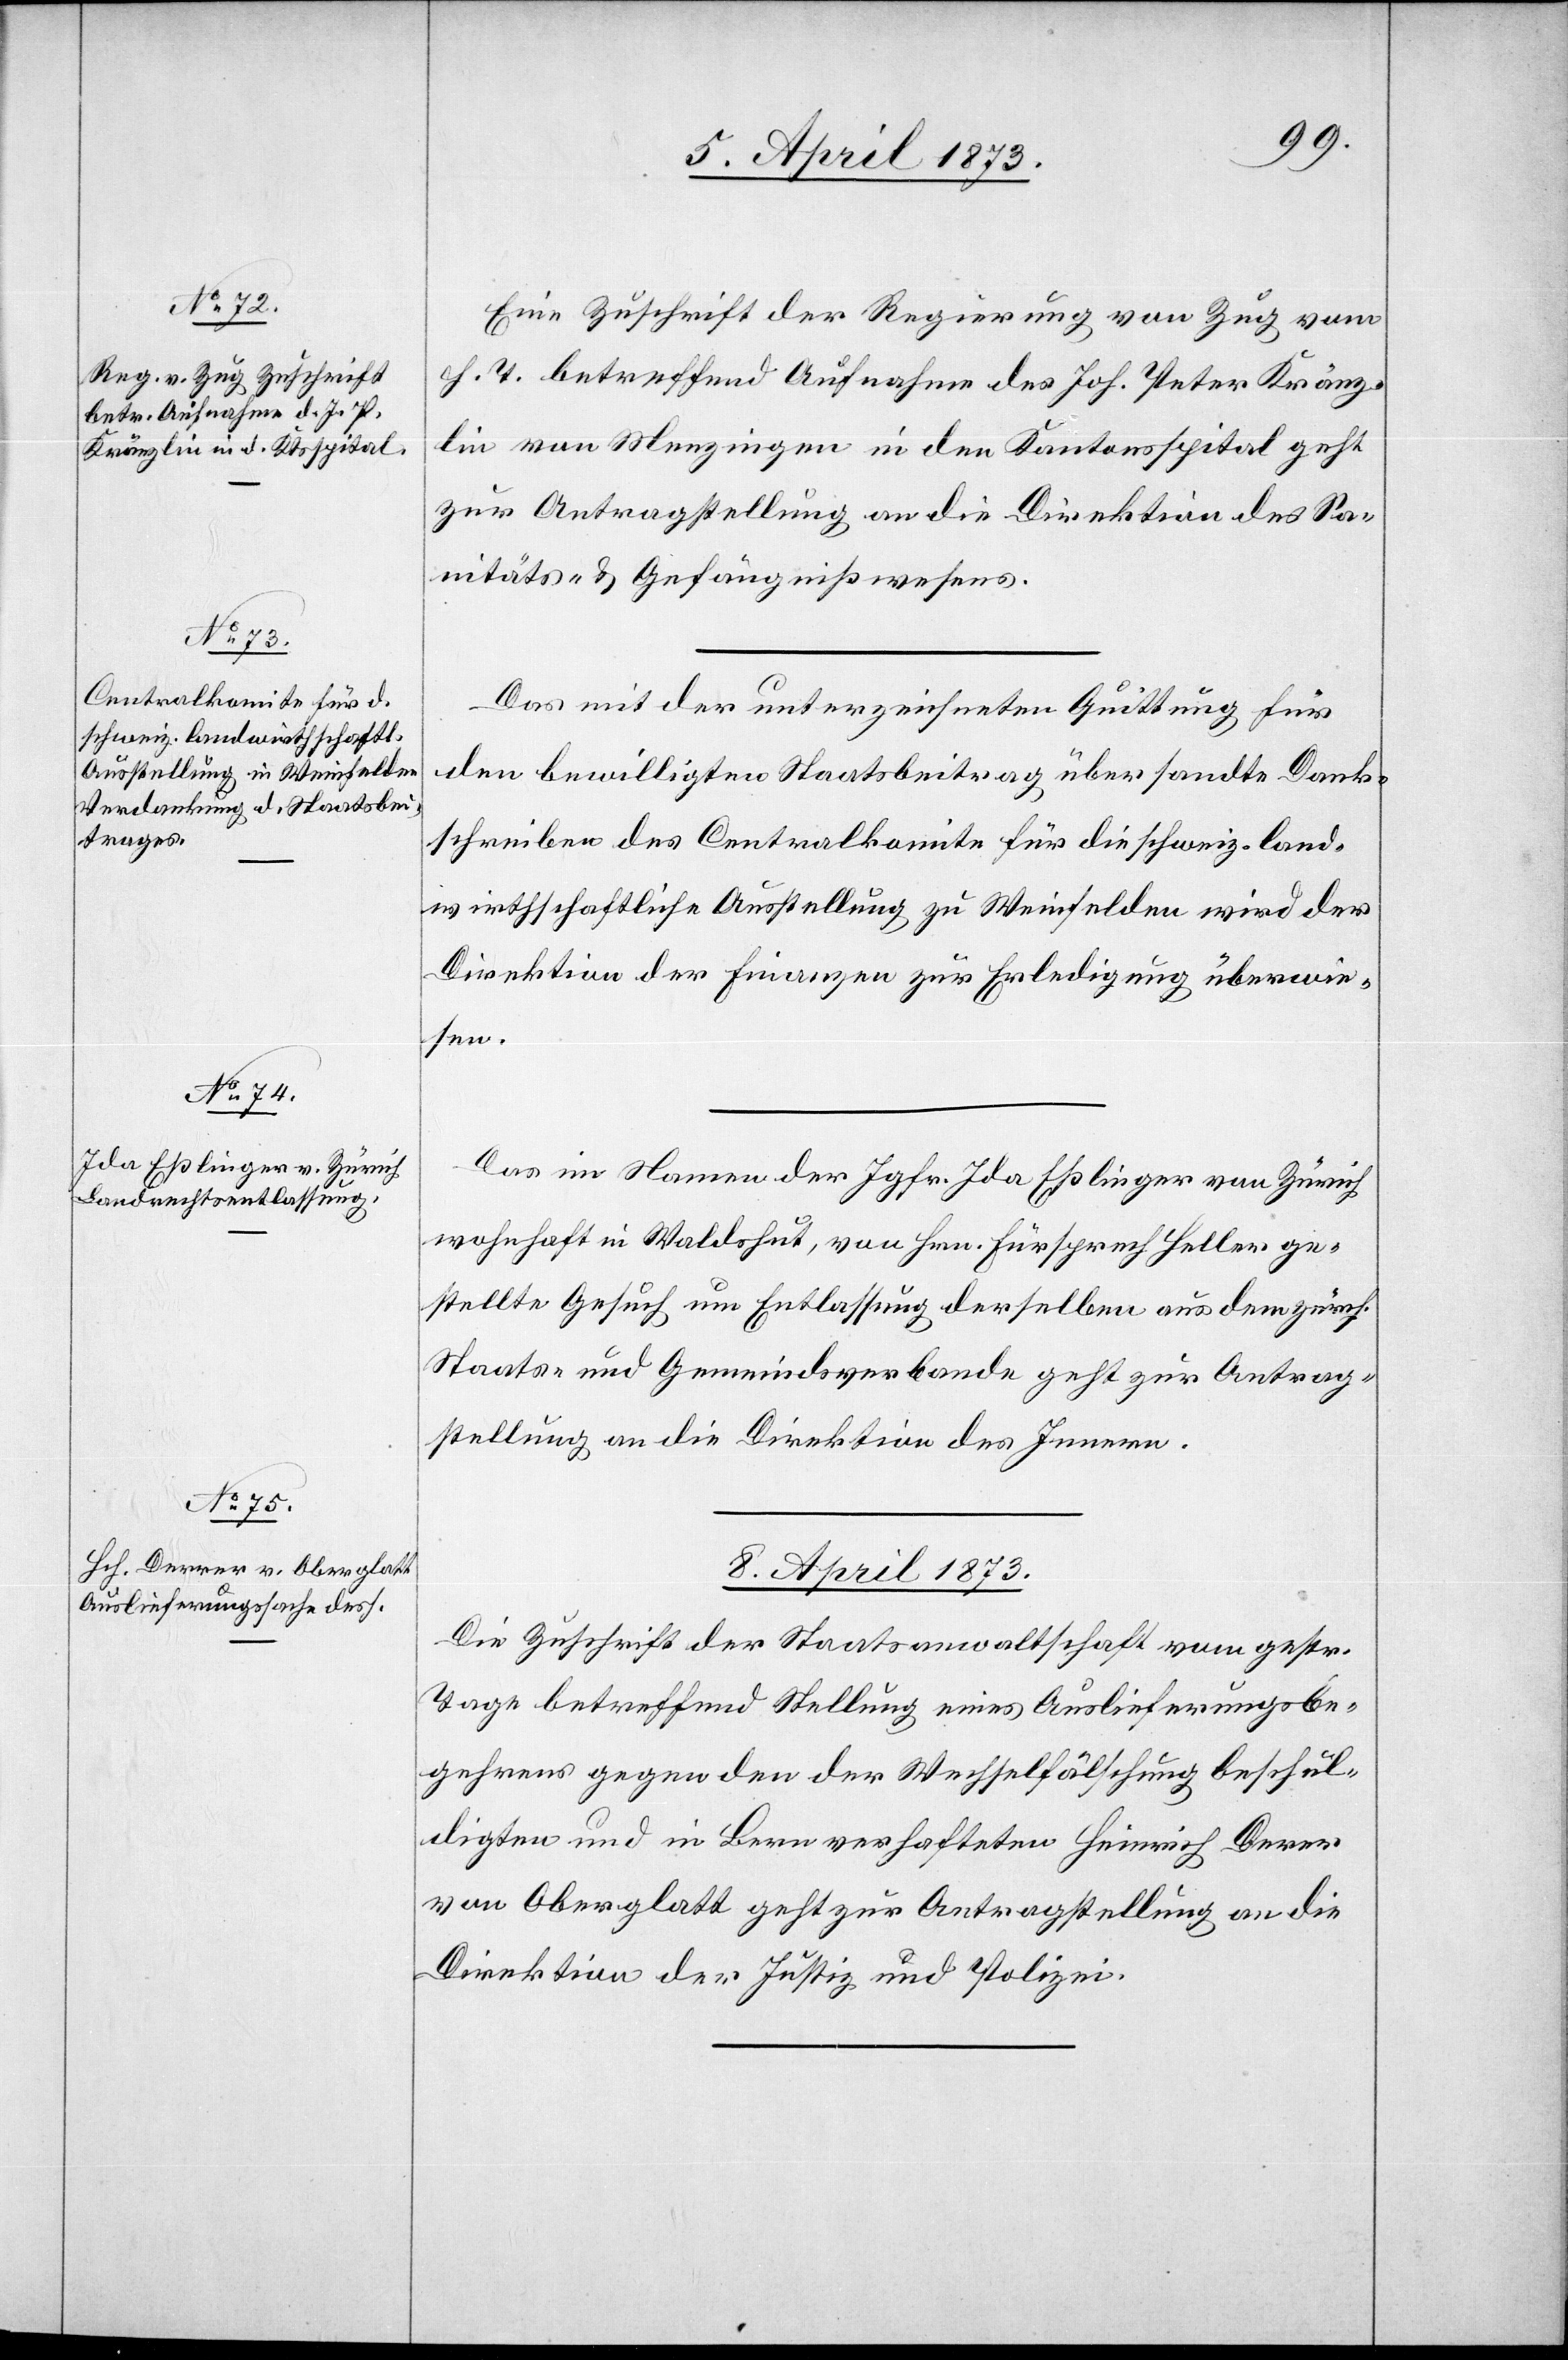
Eine Zuschrift der Regierung von Zug vom
h. T. betreffend Aufnahme des Joh. Peter Kränz¬
lin von Menzingen in den Kantonsspital geht
zur Antragstellung an die Direktion des Sa¬
nitäts- & Gefängnißwesens.
Das mit der unterzeichneten Quittung für
den bewilligten Staatsbeitrag übersandte Dank¬
schreiben des Centralkomite für die schweiz. land¬
wirthschaftliche Ausstellung zu Weinfelden wird der
Direktion der Finanzen zur Erledigung überwie¬
sen.
Das im Namen der Jgfr. Ida Eßliger von Zürich
wohnhaft in Waldshut, von Hrn. Fürsprech Heller ge¬
stellte Gesuch um Entlassung derselben aus dem zürch.
Staats- und Gemeindsverbande geht zur Antrag¬
stellung an die Direktion des Innern.
8. April 1873.
Die Zuschrift der Staatsanwaltschaft vom gestr.
Tage betreffend Stellung eines Auslieferungsbe¬
gehrens gegen den der Wechselfälschung beschul¬
digten und in Bern verhafteten Heinrich Der[r]er
von Oberglatt geht zur Antragstellung an die
Direktion der Justiz und Polizei.